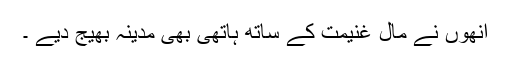
انھوں نے مال غنیمت کے ساتھ ہاتھی بھی مدینہ بھیج دیے ۔